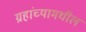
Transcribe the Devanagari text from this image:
ग्रहांच्यामधील